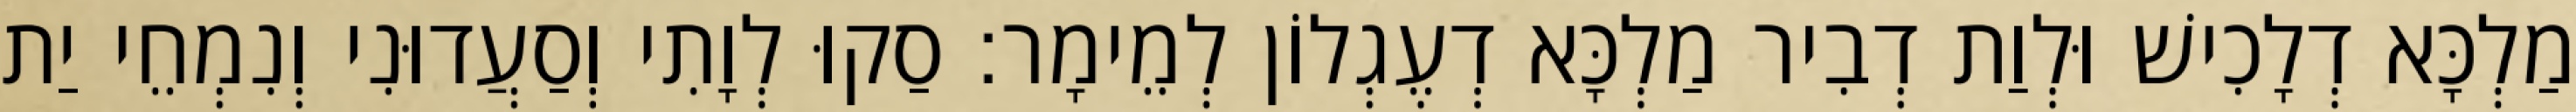
מַלְכָּא דְלָכִישׁ וּלְוַת דְבִיר מַלְכָּא דְעֶגְלוֹן לְמֵימָר׃ סַקוּ לְוָתִי וְסַעֲדוּנִי וְנִמְחֵי יַת